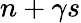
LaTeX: n+\gamma s